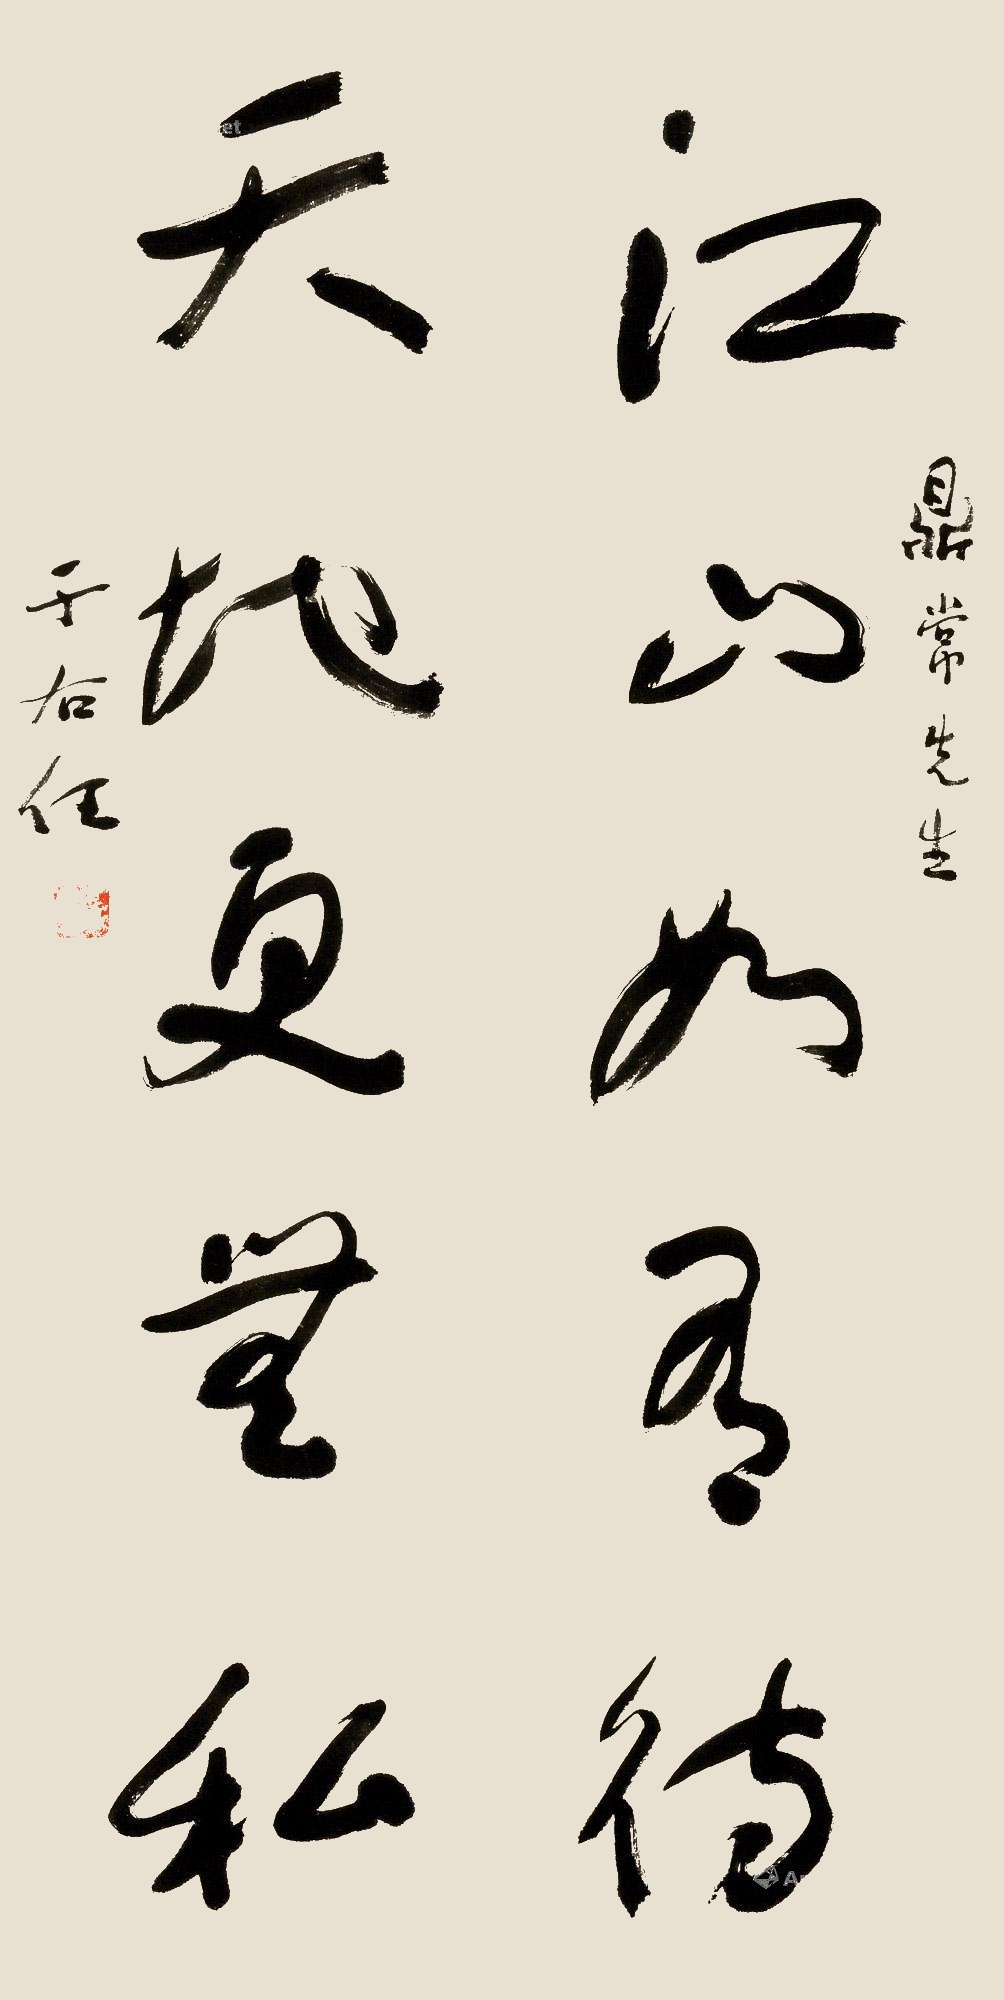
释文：江山如有待，天地更无私。鼎常先生，于右任。